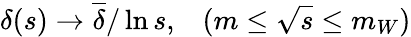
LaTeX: \delta(s)\rightarrow\overline{{{\delta}}}/\ln s,\; \; \; (m\leq\sqrt{s}\leq m_{W})